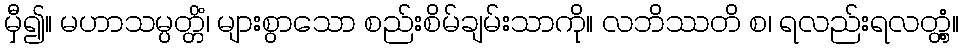
မှီ၍။ မဟာသမ္ပတ္တိံ၊ များစွာသော စည်းစိမ်ချမ်းသာကို။ လဘိဿတိ စ၊ ရလည်းရလတ္တံ့။